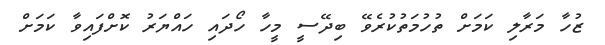
ޒުހާ މަރާލި ކަމަށް ތުހުމަތުކުރެވޭ ބިދޭސީ މީހާ ހޯދައި ހައްޔަރު ކޮށްފައިވާ ކަމަށް